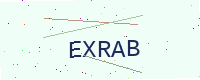
Text: EXRAB